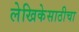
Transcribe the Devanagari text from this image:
लेखिकेसाठीचा